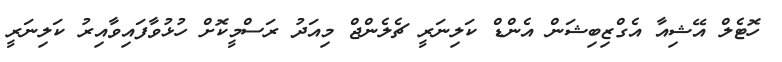
ހޮޓެލް އޭޝިއާ އެގްޒިބިޝަން އެންޑް ކަލިނަރީ ޗެލެންޖް މިއަދު ރަސްމީކޮށް ހުޅުވާފައިވާއިރު ކަލިނަރީ